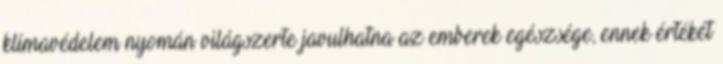
klímavédelem nyomán világszerte javulhatna az emberek egészsége, ennek értékét